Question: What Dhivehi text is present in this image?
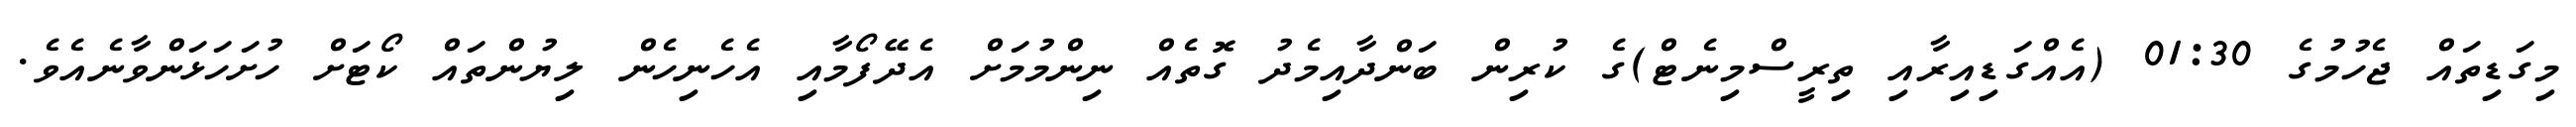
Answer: މިގަޑިތައް ޖެހުމުގެ 01:30 (އެއްގަޑިއިރާއި ތިރީސްމިނެޓް)ގެ ކުރިން ބަންދާއިމެދު ގޮތެއް ނިންމުމަށް އެދޭފޯމާއި އެހެނިހެން ލިޔުންތައް ކޯޓަށް ހުށަހަޅަންވާނެއެވެ.